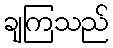
ချကြသည်